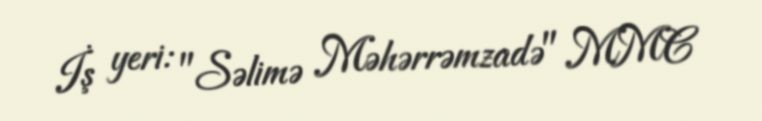
İş yeri: "Səlimə Məhərrəmzadə" MMC